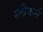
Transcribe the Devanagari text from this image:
स्लीकर्स